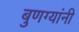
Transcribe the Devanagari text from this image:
बुणग्यांनी